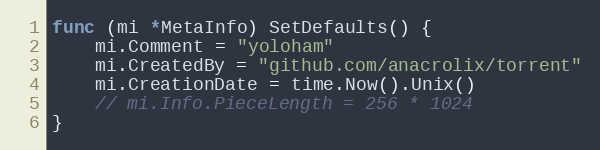
Language: Go
func (mi *MetaInfo) SetDefaults() {
	mi.Comment = "yoloham"
	mi.CreatedBy = "github.com/anacrolix/torrent"
	mi.CreationDate = time.Now().Unix()
	// mi.Info.PieceLength = 256 * 1024
}